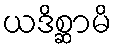
ယဒိစ္ဆာမိ